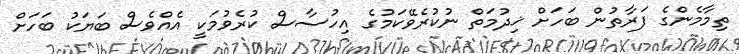
ތިމާމެންގެ ފަރާތުން ބަހަށް ޚިދުމަތް ނުކުރެވޭކަމުގެ އިހުސާސް ކުރެވުމަކީ އެއްވެސް ބަޔަކު ބަހަށް